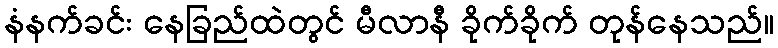
နံနက်ခင်း နေခြည်ထဲတွင် မီလာနီ ခိုက်ခိုက် တုန်နေသည်။